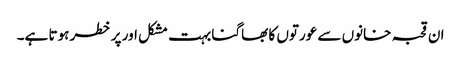
ان قحبہ خانوں سے عورتوں کا بھاگنا بہت مشکل اور پر خطر ہوتا ہے۔